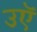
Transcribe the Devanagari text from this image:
उऍ